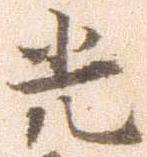
光